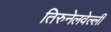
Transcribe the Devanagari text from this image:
तिरुनेलवेल्ली